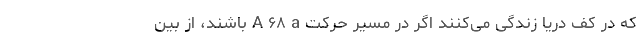
که در کف دریا زندگی می‌کنند اگر در مسیر حرکت A ۶۸ a باشند، از بین